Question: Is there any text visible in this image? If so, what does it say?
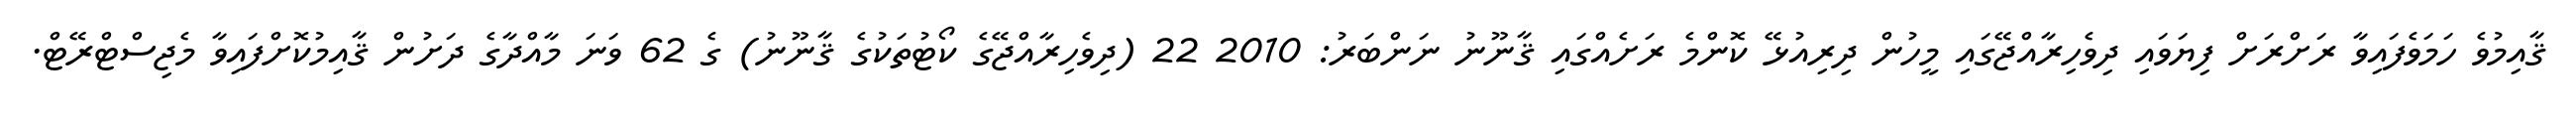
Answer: ޤާއިމުވެ ހަމަވެފައިވާ ރަށްރަށް ފިޔަވައި ދިވެހިރާއްޖޭގައި މީހުން ދިރިއުޅޭ ކޮންމެ ރަށެއްގައި ޤާނޫނު ނަންބަރު: 2010 22 (ދިވެހިރާއްޖޭގެ ކޯޓުތަކުގެ ޤާނޫނު) ގެ 62 ވަނަ މާއްދާގެ ދަށުން ޤާއިމުކޮށްފައިވާ މެޖިސްޓްރޭޓް.